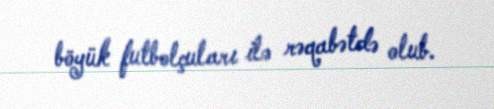
böyük futbolçuları ilə rəqabətdə olub.